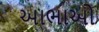
આભાઓ